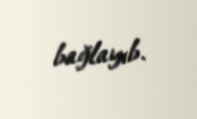
bağlayıb.